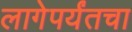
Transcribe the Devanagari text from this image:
लागेपर्यंतचा